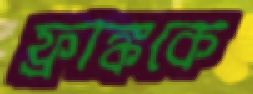
ফ্রাঙ্ককে